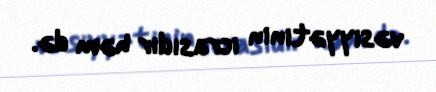
vəsiyyətinin icrasıdır həm də.